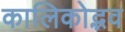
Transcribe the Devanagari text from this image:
कालिकोद्भव